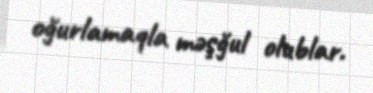
oğurlamaqla məşğul olublar.